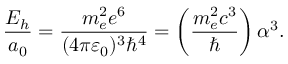
\frac { E _ { h } } { a _ { 0 } } = \frac { m _ { e } ^ { 2 } e ^ { 6 } } { ( 4 \pi \varepsilon _ { 0 } ) ^ { 3 } \hbar ^ { 4 } } = \left( \frac { m _ { e } ^ { 2 } c ^ { 3 } } { \hbar } \right) \alpha ^ { 3 } .